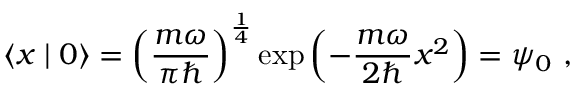
\left\langle x \mid 0 \right\rangle = \left( { \frac { m \omega } { \pi \hbar } } \right) ^ { \frac { 1 } { 4 } } \exp \left( - { \frac { m \omega } { 2 \hbar } } x ^ { 2 } \right) = \psi _ { 0 } ~ ,